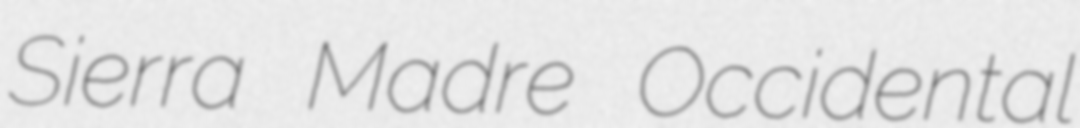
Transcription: Sierra Madre Occidental